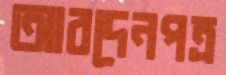
আবদেনপত্র